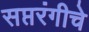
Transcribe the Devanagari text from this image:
सप्तरंगीचे